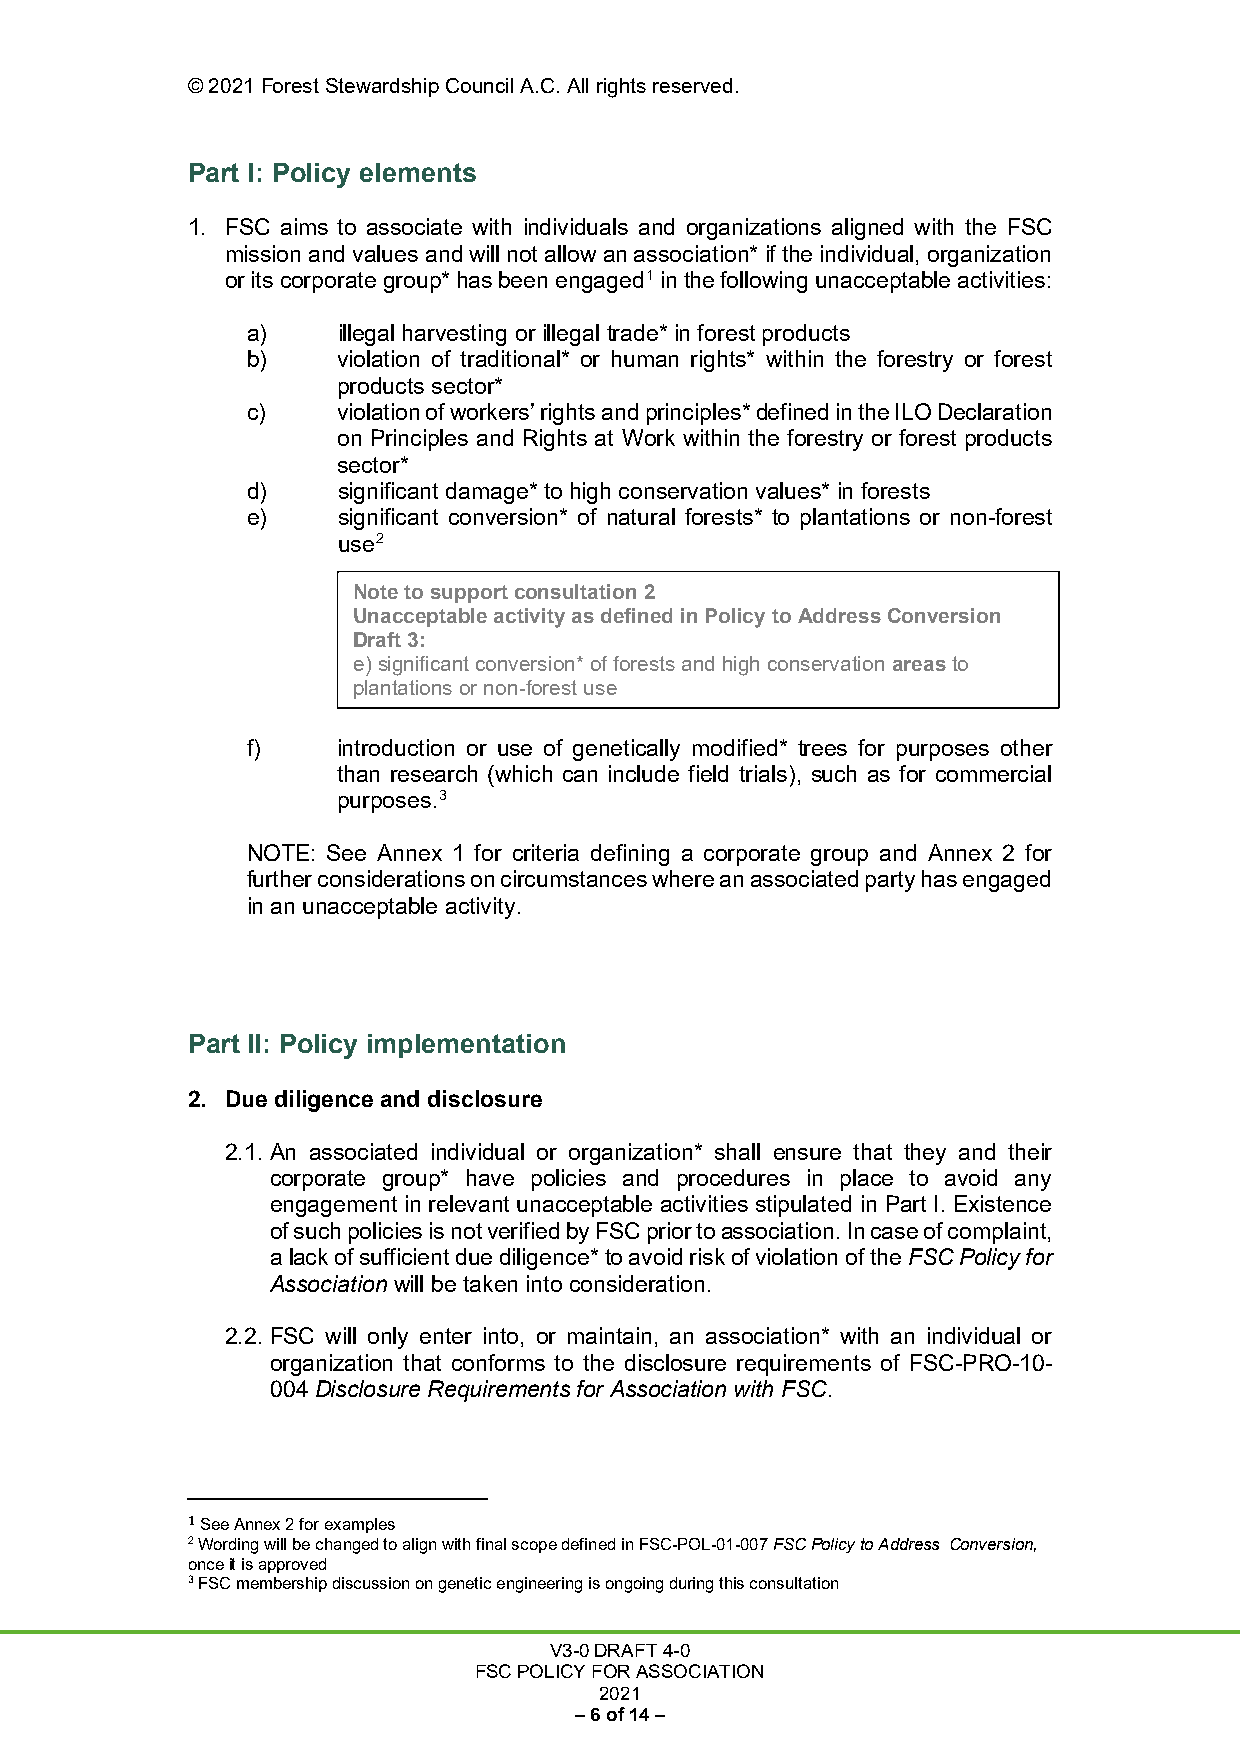
© 2021 Forest Stewardship Council A.C. All rights reserved.
 Part I: Policy elements
 1. FSC aims to associate with individuals and organizations aligned with the FSC
 mission and values and will not allow an association* if the individual, organization
 or its corporate group* has been engaged1 in the following unacceptable activities:
 a)    illegal harvesting or illegal trade* in forest products
 b)    violation of traditional* or human rights* within the forestry or forest
 products sector*
 c)    violation of workers’ rights and principles* defined in the ILO Declaration
 on Principles and Rights at Work within the forestry or forest products
 sector*
 d)    significant damage* to high conservation values* in forests
 e)    significant conversion* of natural forests* to plantations or non-forest
 use2
 Note to support consultation 2
 Unacceptable activity as defined in Policy to Address Conversion
 Draft 3:
 e) significant conversion* of forests and high conservation areas to
 plantations or non-forest use
 f)    introduction or use of genetically modified* trees for purposes other
 than research (which can include field trials), such as for commercial
 purposes.3
 NOTE: See Annex 1 for criteria defining a corporate group and Annex 2 for
 further considerations on circumstances where an associated party has engaged
 in an unacceptable activity.
 Part II: Policy implementation
 2. Due diligence and disclosure
 2.1. An associated individual or organization* shall ensure that they and their
 corporate group* have policies and procedures in place to avoid any
 engagement in relevant unacceptable activities stipulated in Part I. Existence
 of such policies is not verified by FSC prior to association. In case of complaint,
 a lack of sufficient due diligence* to avoid risk of violation of the FSC Policy for
 Association will be taken into consideration.
 2.2. FSC will only enter into, or maintain, an association* with an individual or
 organization that conforms to the disclosure requirements of FSC-PRO-10-
 004 Disclosure Requirements for Association with FSC.
 1 See Annex 2 for examples
 2 Wording will be changed to align with final scope defined in FSC-POL-01-007 FSC Policy to Address Conversion,
 once it is approved
 3 FSC membership discussion on genetic engineering is ongoing during this consultation
 V3-0 DRAFT 4-0
 FSC POLICY FOR ASSOCIATION
 2021
 – 6 of 14 –